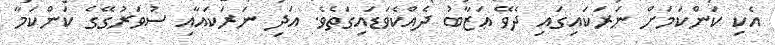
އެކި ކަންކަމަށް ނަރަކައިގައި ދެވޭ ޢަޒާބު ދެއްކެވަޑައިގަތެވެ. އަދި ނަރަކައާއި ސުވަރުގޭގެ ކަންކަމާ